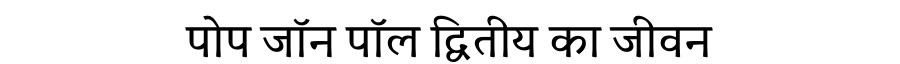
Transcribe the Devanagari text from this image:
पोप जॉन पॉल द्वितीय का जीवन